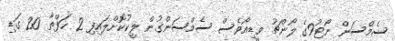
ސެމްސަން ނޯޓު9ގެ ލޯންޗު ވީޑިއޯވެސް ސެމްސަންގުން ލީކުކޮށްލައިފި 2 ހަފްތާ 20 ގަޑި